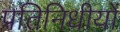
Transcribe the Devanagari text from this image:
प्रतिनिधीयों